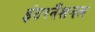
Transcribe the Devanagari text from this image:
इंटरनँशनल